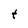
Character: t